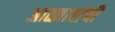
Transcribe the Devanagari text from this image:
आळ्वारांची